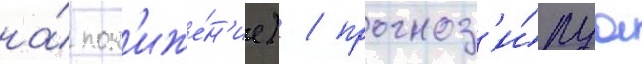
на́ пон'иже́н'ие) / прогноз'и́руа